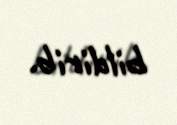
bildirib.